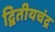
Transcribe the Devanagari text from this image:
द्वितीयचंद्र